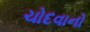
ચોદવાનો